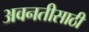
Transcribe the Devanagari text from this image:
अवनतीसाठी